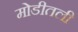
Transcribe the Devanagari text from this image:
मोडीतली